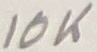
Text: 10K